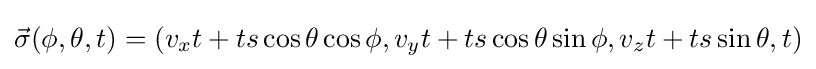
{\vec {\sigma }}(\phi ,\theta ,t)=(v_{x}t+ts\cos \theta \cos \phi ,v_{y}t+ts\cos \theta \sin \phi ,v_{z}t+ts\sin \theta ,t)